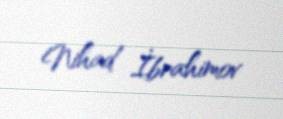
Nihad İbrahimov